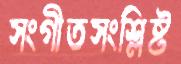
সংগীতসংশ্লিষ্ট